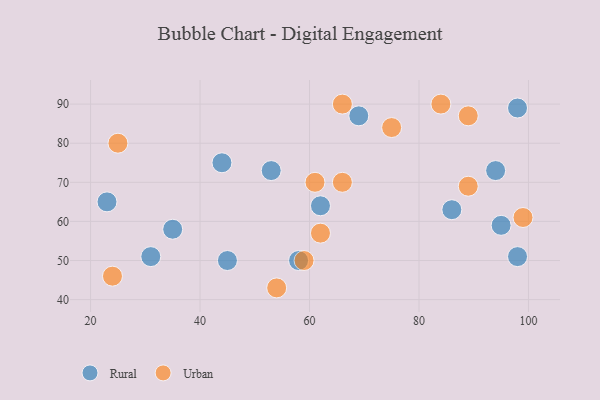
{"axis": {"x": "GDP", "y": "Life Expectancy"}, "legend": ["Rural", "Urban"], "data": [{"x": "45", "y": 50, "type": "Rural"}, {"x": "44", "y": 75, "type": "Rural"}, {"x": "35", "y": 58, "type": "Rural"}, {"x": "86", "y": 63, "type": "Rural"}, {"x": "69", "y": 87, "type": "Rural"}, {"x": "31", "y": 51, "type": "Rural"}, {"x": "98", "y": 89, "type": "Rural"}, {"x": "94", "y": 73, "type": "Rural"}, {"x": "98", "y": 51, "type": "Rural"}, {"x": "58", "y": 50, "type": "Rural"}, {"x": "23", "y": 65, "type": "Rural"}, {"x": "53", "y": 73, "type": "Rural"}, {"x": "62", "y": 64, "type": "Rural"}, {"x": "95", "y": 59, "type": "Rural"}, {"x": "24", "y": 46, "type": "Urban"}, {"x": "75", "y": 84, "type": "Urban"}, {"x": "89", "y": 69, "type": "Urban"}, {"x": "61", "y": 70, "type": "Urban"}, {"x": "25", "y": 80, "type": "Urban"}, {"x": "62", "y": 57, "type": "Urban"}, {"x": "84", "y": 90, "type": "Urban"}, {"x": "89", "y": 87, "type": "Urban"}, {"x": "59", "y": 50, "type": "Urban"}, {"x": "54", "y": 43, "type": "Urban"}, {"x": "99", "y": 61, "type": "Urban"}, {"x": "66", "y": 70, "type": "Urban"}, {"x": "66", "y": 90, "type": "Urban"}]}